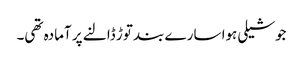
جوشیلی ہوا سارے بند توڑ ڈالنے پر آمادہ تھی۔